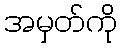
အမှတ်ကို